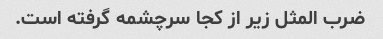
ضرب المثل زیر از کجا سرچشمه گرفته است.